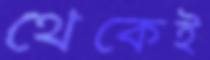
থেকেই